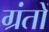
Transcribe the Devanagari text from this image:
ग्रंतों